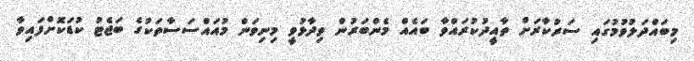
މިބައްދަލުވުމުގައި ސަރުކާރަށް ތާއީދުކުރައްވާ ބައެއް މެންބަރުން ވިދާޅުވީ މިނިވަން މުއައްސަސާތަކުގެ ބަޖެޓު ކުޑަކޮށްފައިވާ